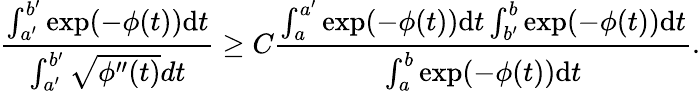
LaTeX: \frac{\int_{a^{\prime}}^{b^{\prime}}\exp(-\phi(t))\textup{d}t}{\int_{a^{\prime}}^{b^{\prime}}\sqrt{\phi^{\prime\prime}(t)}dt}\geq C\frac{\int_{a}^{a^{\prime}}\exp(-\phi(t))\textup{d}t\int_{b^{\prime}}^{b}\exp(-\phi(t))\textup{d}t}{\int_{a}^{b}\exp(-\phi(t))\textup{d}t}.